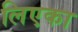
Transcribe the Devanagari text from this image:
लिएका